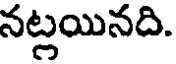
నట్లయినది.